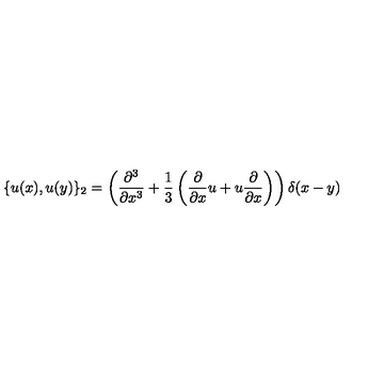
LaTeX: \{ u ( x ) , u ( y ) \} _ { 2 } = \left( { \frac { \partial ^ { 3 } } { \partial x ^ { 3 } } } + { \frac { 1 } { 3 } } \left( { \frac { \partial } { \partial x } } u + u { \frac { \partial } { \partial x } } \right) \right) \delta ( x - y )